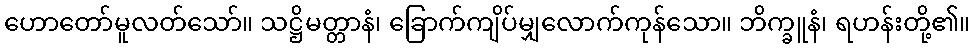
ဟောတော်မူလတ်သော်။ သဋ္ဌိမတ္တာနံ၊ ခြောက်ကျိပ်မျှလောက်ကုန်သော။ ဘိက္ခူနံ၊ ရဟန်းတို့၏။